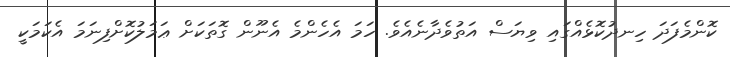
ކޮންމެފަދަ ހިނދުކޮޅެއްގައި ވިޔަސް އަތުވެދާނެއެވެ. ހަމަ އެހެންމެ އެނޫން ގޮތަކަށް ޢަމަލުކޮށްފިނަމަ އެކަމަކީ